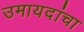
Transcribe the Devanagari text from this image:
उमायदांचा